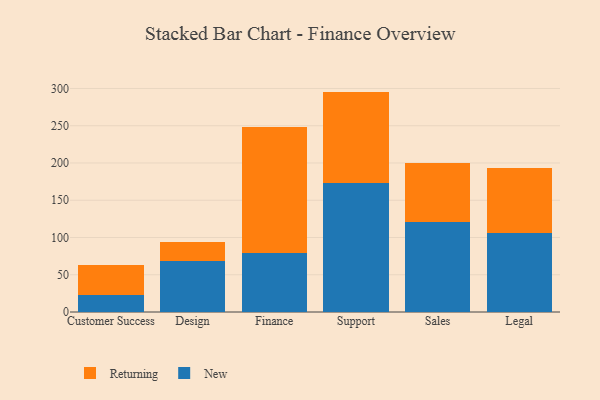
{"axis": {"x": "Department", "y": "Production Output"}, "legend": ["New", "Returning"], "data": [{"x": "Customer Success", "y": 23.4, "type": "New"}, {"x": "Customer Success", "y": 39.6, "type": "Returning"}, {"x": "Design", "y": 69.0, "type": "New"}, {"x": "Design", "y": 25.4, "type": "Returning"}, {"x": "Finance", "y": 78.7, "type": "New"}, {"x": "Finance", "y": 169.0, "type": "Returning"}, {"x": "Support", "y": 173.0, "type": "New"}, {"x": "Support", "y": 122.8, "type": "Returning"}, {"x": "Sales", "y": 120.5, "type": "New"}, {"x": "Sales", "y": 79.9, "type": "Returning"}, {"x": "Legal", "y": 106.4, "type": "New"}, {"x": "Legal", "y": 87.0, "type": "Returning"}]}